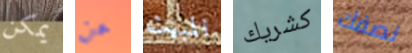
يمكن عن المبيت كشريك نصفك